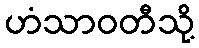
ဟံသာဝတီသို့